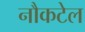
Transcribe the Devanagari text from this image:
नौकटेल